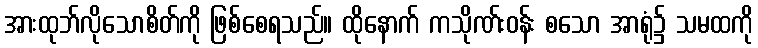
အားထုဘ်လိုသောစိတ်ကို ဖြစ်စေရသည်။ ထိုနောက် ကသိုဏ်းဝန်း စသော အာရုံ၌ သမထကို